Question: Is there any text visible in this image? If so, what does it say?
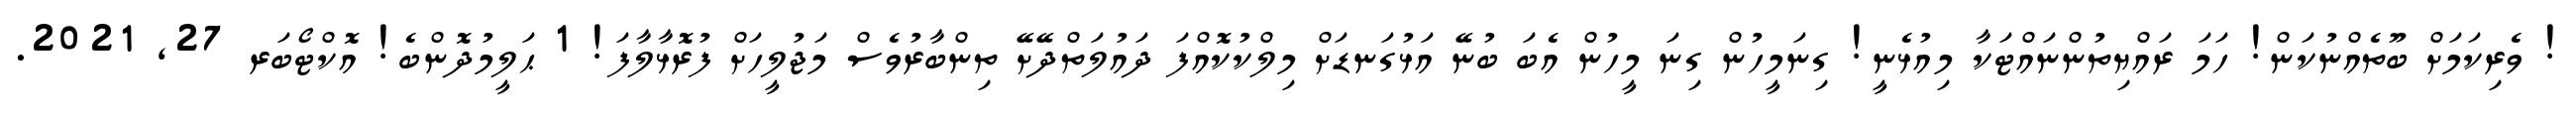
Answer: ! ވެރިކަމަށް ބޫތެއްނުކަން! ހަމަ ރައްޔިތުންނައްޓަކާ މިއުޅެނީ! ގިނަމީހުން ގިނަ މީހުން އެބަ ބުނޭ އަޅުގަނޑަށް މިލްކުކޮއްފަ ދައުލަތްދޭށޭ ތިންބާރުވެސް މަޖުލީހަށް ފުރޮޅާލާފަ! 1 ޙަލީމުދޮންބެ! އޮކްޓޯބަރ 27, 2021.